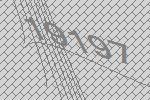
19197